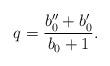
LaTeX: \begin{align*}q=\frac{b_{0}^{\prime\prime}+b_{0}^{\prime}}{b_{0}+1}. \end{align*}